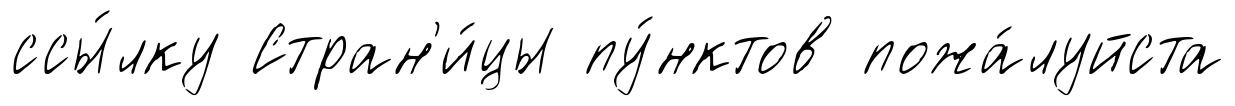
ссы́лку Стран'и́цы пу́нктов пожа́луйста